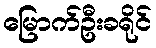
မြောက်ဦးခရိုင်